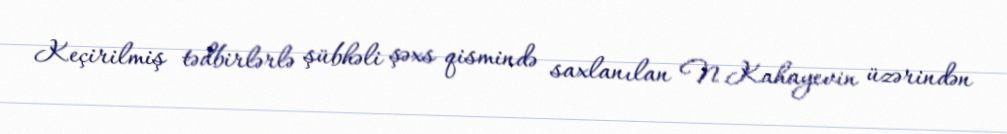
Keçirilmiş tədbirlərlə şübhəli şəxs qismində saxlanılan N.Kahayevin üzərindən